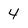
Character: 4